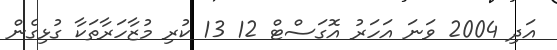
އަދި 2004 ވަނަ އަހަރު އޮގަސްޓް 12 13 ކުރި މުޒާހަރާތަކާ ގުޅިގެން